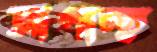
আগাচ্ছ